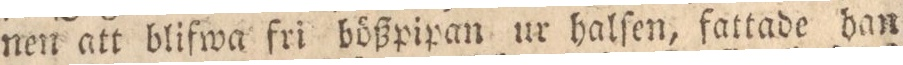
nen att blifwa fri bößpipan ur halſen, fattade dan